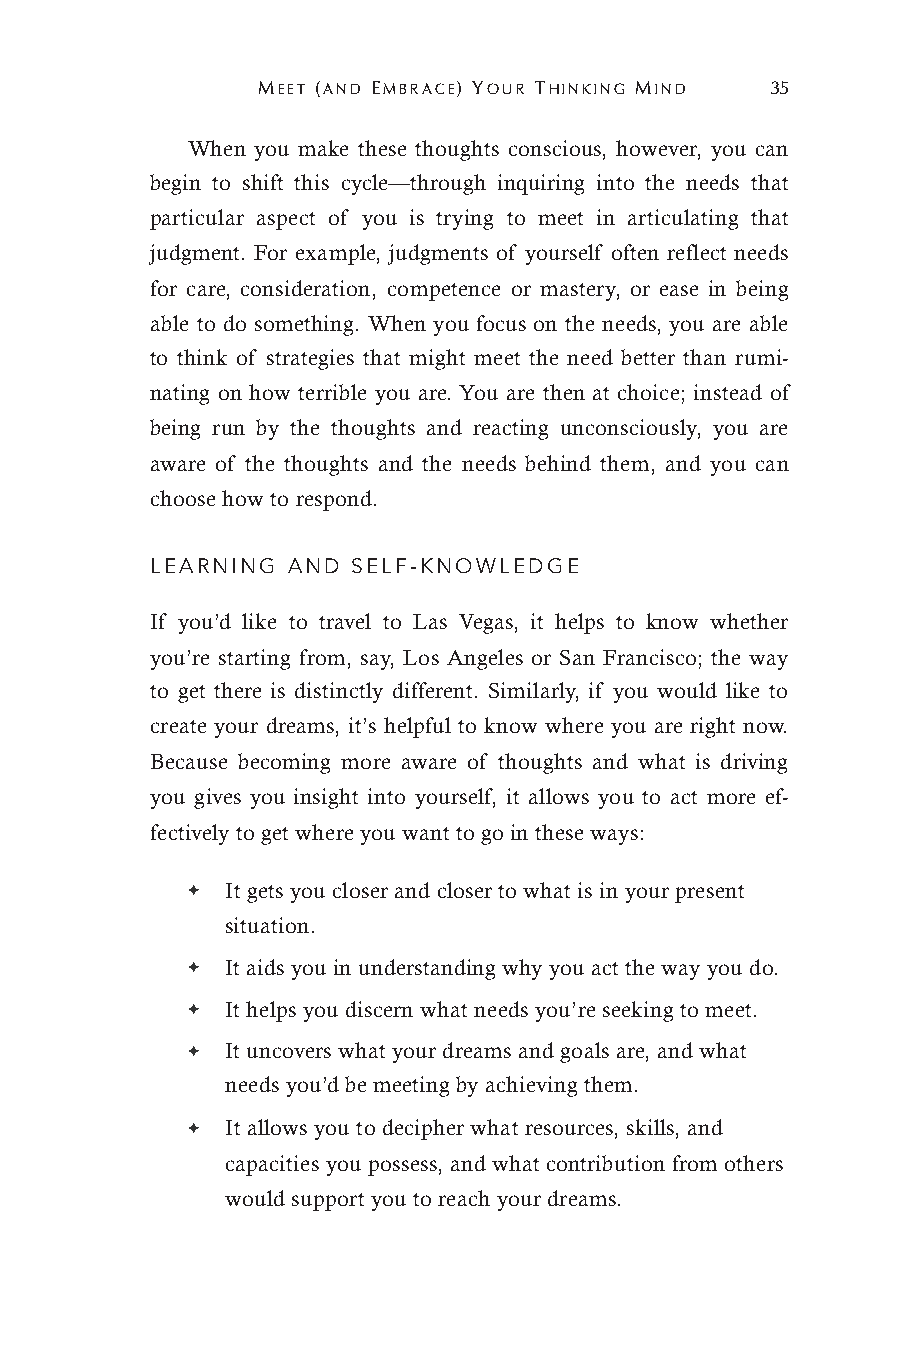
MEET (AND EMBRACE) YOUR THINKING MIND 35
 When you make these thoughts conscious, however, you can
 begin to shift this cycle—through inquiring into the needs that
 particular aspect of you is trying to meet in articulating that
 judgment. For example, judgments of yourself often reflect needs
 for care, consideration, competence or mastery, or ease in being
 able to do something. When you focus on the needs, you are able
 to think of strategies that might meet the need better than rumi-
 nating on how terrible you are. You are then at choice; instead of
 being run by the thoughts and reacting unconsciously, you are
 aware of the thoughts and the needs behind them, and you can
 choose how to respond.
 LEARNING AND SELF-KNOWLEDGE
 If you’d like to travel to Las Vegas, it helps to know whether
 you’re starting from, say, Los Angeles or San Francisco; the way
 to get there is distinctly different. Similarly, if you would like to
 create your dreams, it’s helpful to know where you are right now.
 Because becoming more aware of thoughts and what is driving
 you gives you insight into yourself, it allows you to act more ef-
 fectively to get where you want to go in these ways:
 ✦  It gets you closer and closer to what is in your present
 situation.
 ✦  It aids you in understanding why you act the way you do.
 ✦  It helps you discern what needs you’re seeking to meet.
 ✦  It uncovers what your dreams and goals are, and what
 needs you’d be meeting by achieving them.
 ✦  It allows you to decipher what resources, skills, and
 capacities you possess, and what contribution from others
 would support you to reach your dreams.